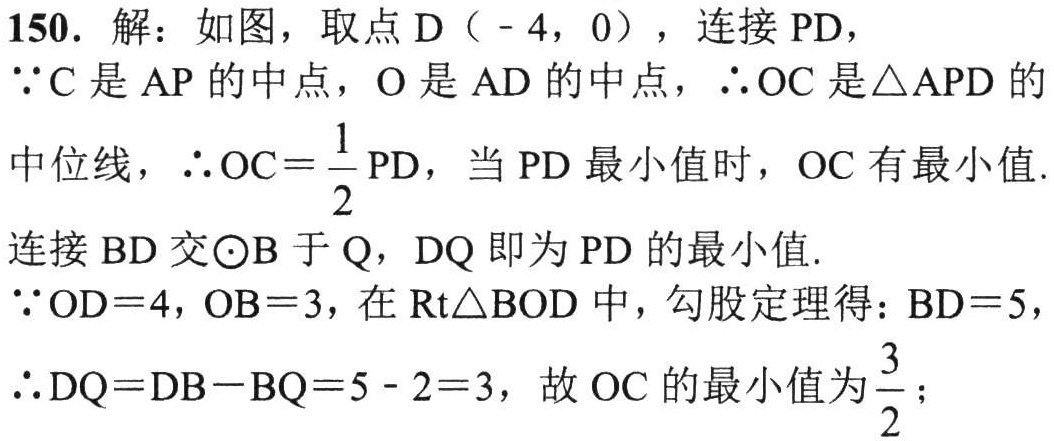
150. 解：如图，取点 \(D(-4,0)\)，连接 \(PD\)，

\(\because C\) 是 \(AP\) 的中点，\(O\) 是 \(AD\) 的中点，\(\therefore OC\) 是 \(\triangle APD\) 的

中位线，\(\therefore OC = \frac{1}{2}PD\)，当 \(PD\) 最小值时，\(OC\) 有最小值.

连接 \(BD\) 交 \(\odot B\) 于 \(Q\)，\(DQ\) 即为 \(PD\) 的最小值.

\(\because OD = 4\)，\(OB = 3\)，在 \(\text{Rt}\triangle BOD\) 中，勾股定理得：\(BD = 5\)，

\(\therefore DQ=DB - BQ = 5 - 2 = 3\)，故 \(OC\) 的最小值为 \(\frac{3}{2}\)；